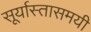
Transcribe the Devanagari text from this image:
सूर्यास्तासमयी